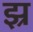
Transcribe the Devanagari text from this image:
झ्र